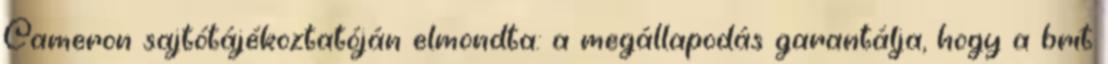
Cameron sajtótájékoztatóján elmondta: a megállapodás garantálja, hogy a brit